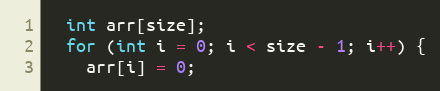
Language: C
  int arr[size];
  for (int i = 0; i < size - 1; i++) {
    arr[i] = 0;